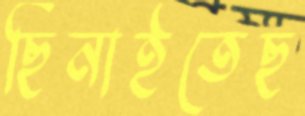
ছিনাইতেছ